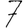
Digit: 7